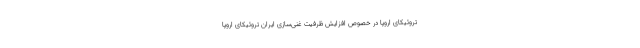
تروئیکای اروپا در خصوص افزایش ظرفیت غنی‌سازی ایران تروئیکای اروپا